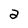
Character: a